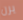
يرن